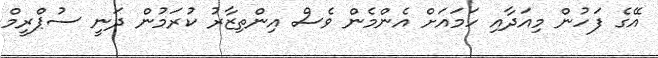
އޭގެ ފަހުން މިއަދާއި ހަމައަށް އެންމެން ވެސް އިންތިޒާރު ކުރަމުން ދަނީ ސުޕްރީމް